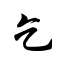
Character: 乞